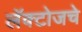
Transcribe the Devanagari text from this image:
लॅक्टोजचे